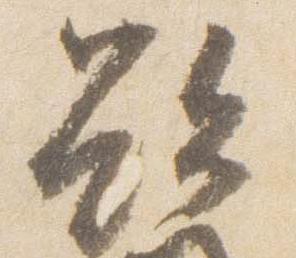
欲